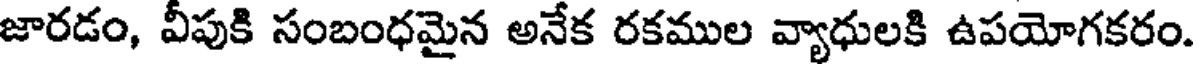
జారడం, వీపుకి సంబంధమైన అనేక రకముల వ్యాధులకి ఉపయోగకరం.